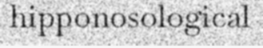
hipponosological